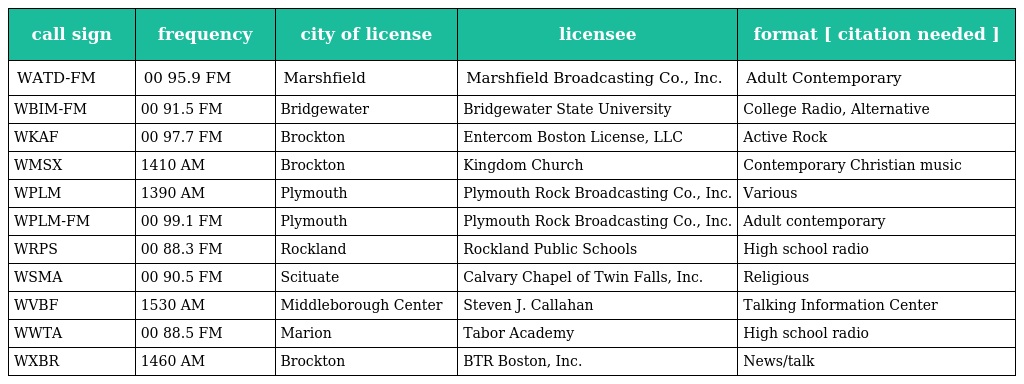
| call sign | frequency | city of license | licensee | format [ citation needed ] |
 | --- | --- | --- | --- | --- |
 | WATD-FM | 00 95.9 FM | Marshfield | Marshfield Broadcasting Co., Inc. | Adult Contemporary |
 | WBIM-FM | 00 91.5 FM | Bridgewater | Bridgewater State University | College Radio, Alternative |
 | WKAF | 00 97.7 FM | Brockton | Entercom Boston License, LLC | Active Rock |
 | WMSX | 1410 AM | Brockton | Kingdom Church | Contemporary Christian music |
 | WPLM | 1390 AM | Plymouth | Plymouth Rock Broadcasting Co., Inc. | Various |
 | WPLM-FM | 00 99.1 FM | Plymouth | Plymouth Rock Broadcasting Co., Inc. | Adult contemporary |
 | WRPS | 00 88.3 FM | Rockland | Rockland Public Schools | High school radio |
 | WSMA | 00 90.5 FM | Scituate | Calvary Chapel of Twin Falls, Inc. | Religious |
 | WVBF | 1530 AM | Middleborough Center | Steven J. Callahan | Talking Information Center |
 | WWTA | 00 88.5 FM | Marion | Tabor Academy | High school radio |
 | WXBR | 1460 AM | Brockton | BTR Boston, Inc. | News/talk |